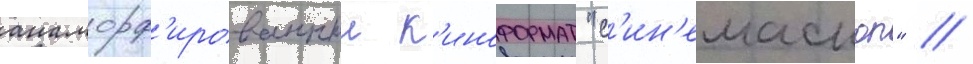
анаморф'ированныи к'иноформат "с'ин'емаскоп" /